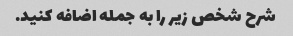
شرح شخص زیر را به جمله اضافه کنید.